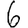
Digit: 6